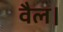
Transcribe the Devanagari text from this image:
वैल।